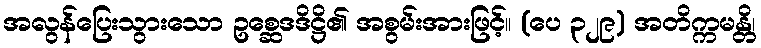
အလွန်ပြေးသွားသော ဥစ္ဆေဒဒိဋ္ဌိ၏ အစွမ်းအားဖြင့်။ (ပေ ၃၂၉) အတိက္ကမန္တိ၊